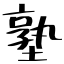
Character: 塾